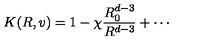
K ( R , v ) = 1 - \chi \frac { R _ { 0 } ^ { d - 3 } } { R ^ { d - 3 } } + \cdots